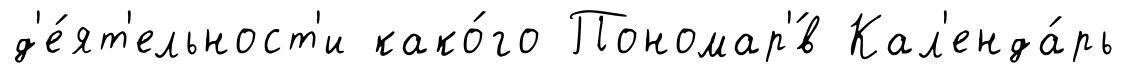
д'е́ят'ельност'и како́го Пономар'́в Кал'енда́рь